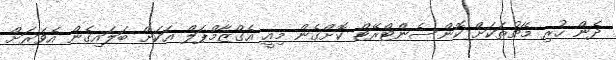
ދެން ހުރި މެޗުތަކަށް ކޮންސެންޓްރޭޓް ކޮށްގެން މިއީ އެގްޒާމްޕަލް އަކަށް ބަލައިގެން އެވަރަށް